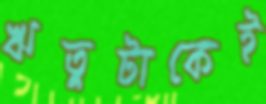
ঋতুটাকেই